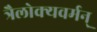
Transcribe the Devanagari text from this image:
त्रैलोक्यवर्मन्‌